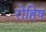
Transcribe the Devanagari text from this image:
रोहिष